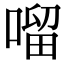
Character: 𠺕